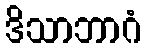
ဒိသာဘာဂံ